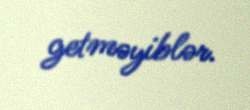
getməyiblər.